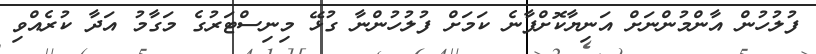
ފުލުހުން އާންމުންނަށް އަނިޔާކޮށްފާނެ ކަމަށް ފުލުހުންނާ ގުޅޭ މިނިސްޓަރުގެ މަގާމު އަދާ ކުރެއްވި